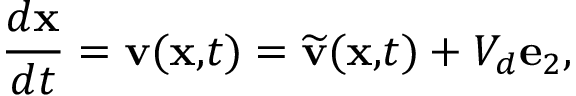
\frac { d \mathbf { x } } { d t } = \mathbf { v } ( \mathbf { x , } t ) = \widetilde { \mathbf { v } } ( \mathbf { x , } t ) + V _ { d } \mathbf { e } _ { 2 } , ~ \ \